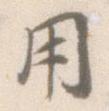
用